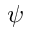
\psi